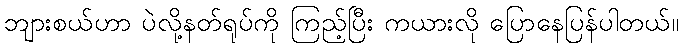
ဘျားစယ်ဟာ ပဲလို့နတ်ရုပ်ကို ကြည့်ပြီး ကယားလို ပြောနေပြန်ပါတယ်။